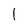
Character: 1